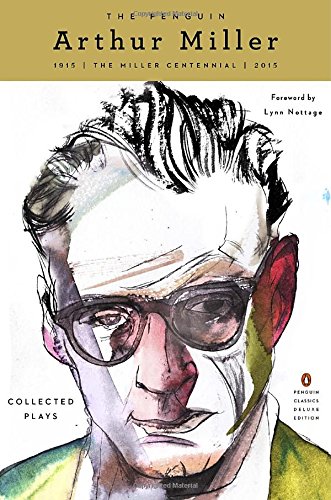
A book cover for The Penguin Arthur Miller: Collected Plays (Penguin Classics Deluxe Edition); Arthur Miller; Literature & Fiction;